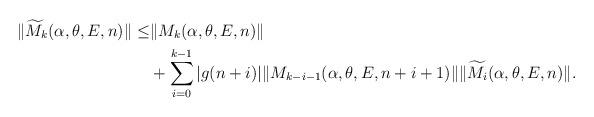
LaTeX: \begin{align*} \begin{aligned} \lVert \widetilde{M}_{k}(\alpha,\theta,E,n)\rVert\leq& \lVert M_k(\alpha,\theta,E,n)\rVert\\ &+\sum_{i=0}^{k-1}|g(n+i)|\lVert M_{k-i-1}(\alpha,\theta,E,n+i+1)\rVert\lVert\widetilde{M}_{i}(\alpha,\theta,E,n)\rVert. \end{aligned} \end{align*}